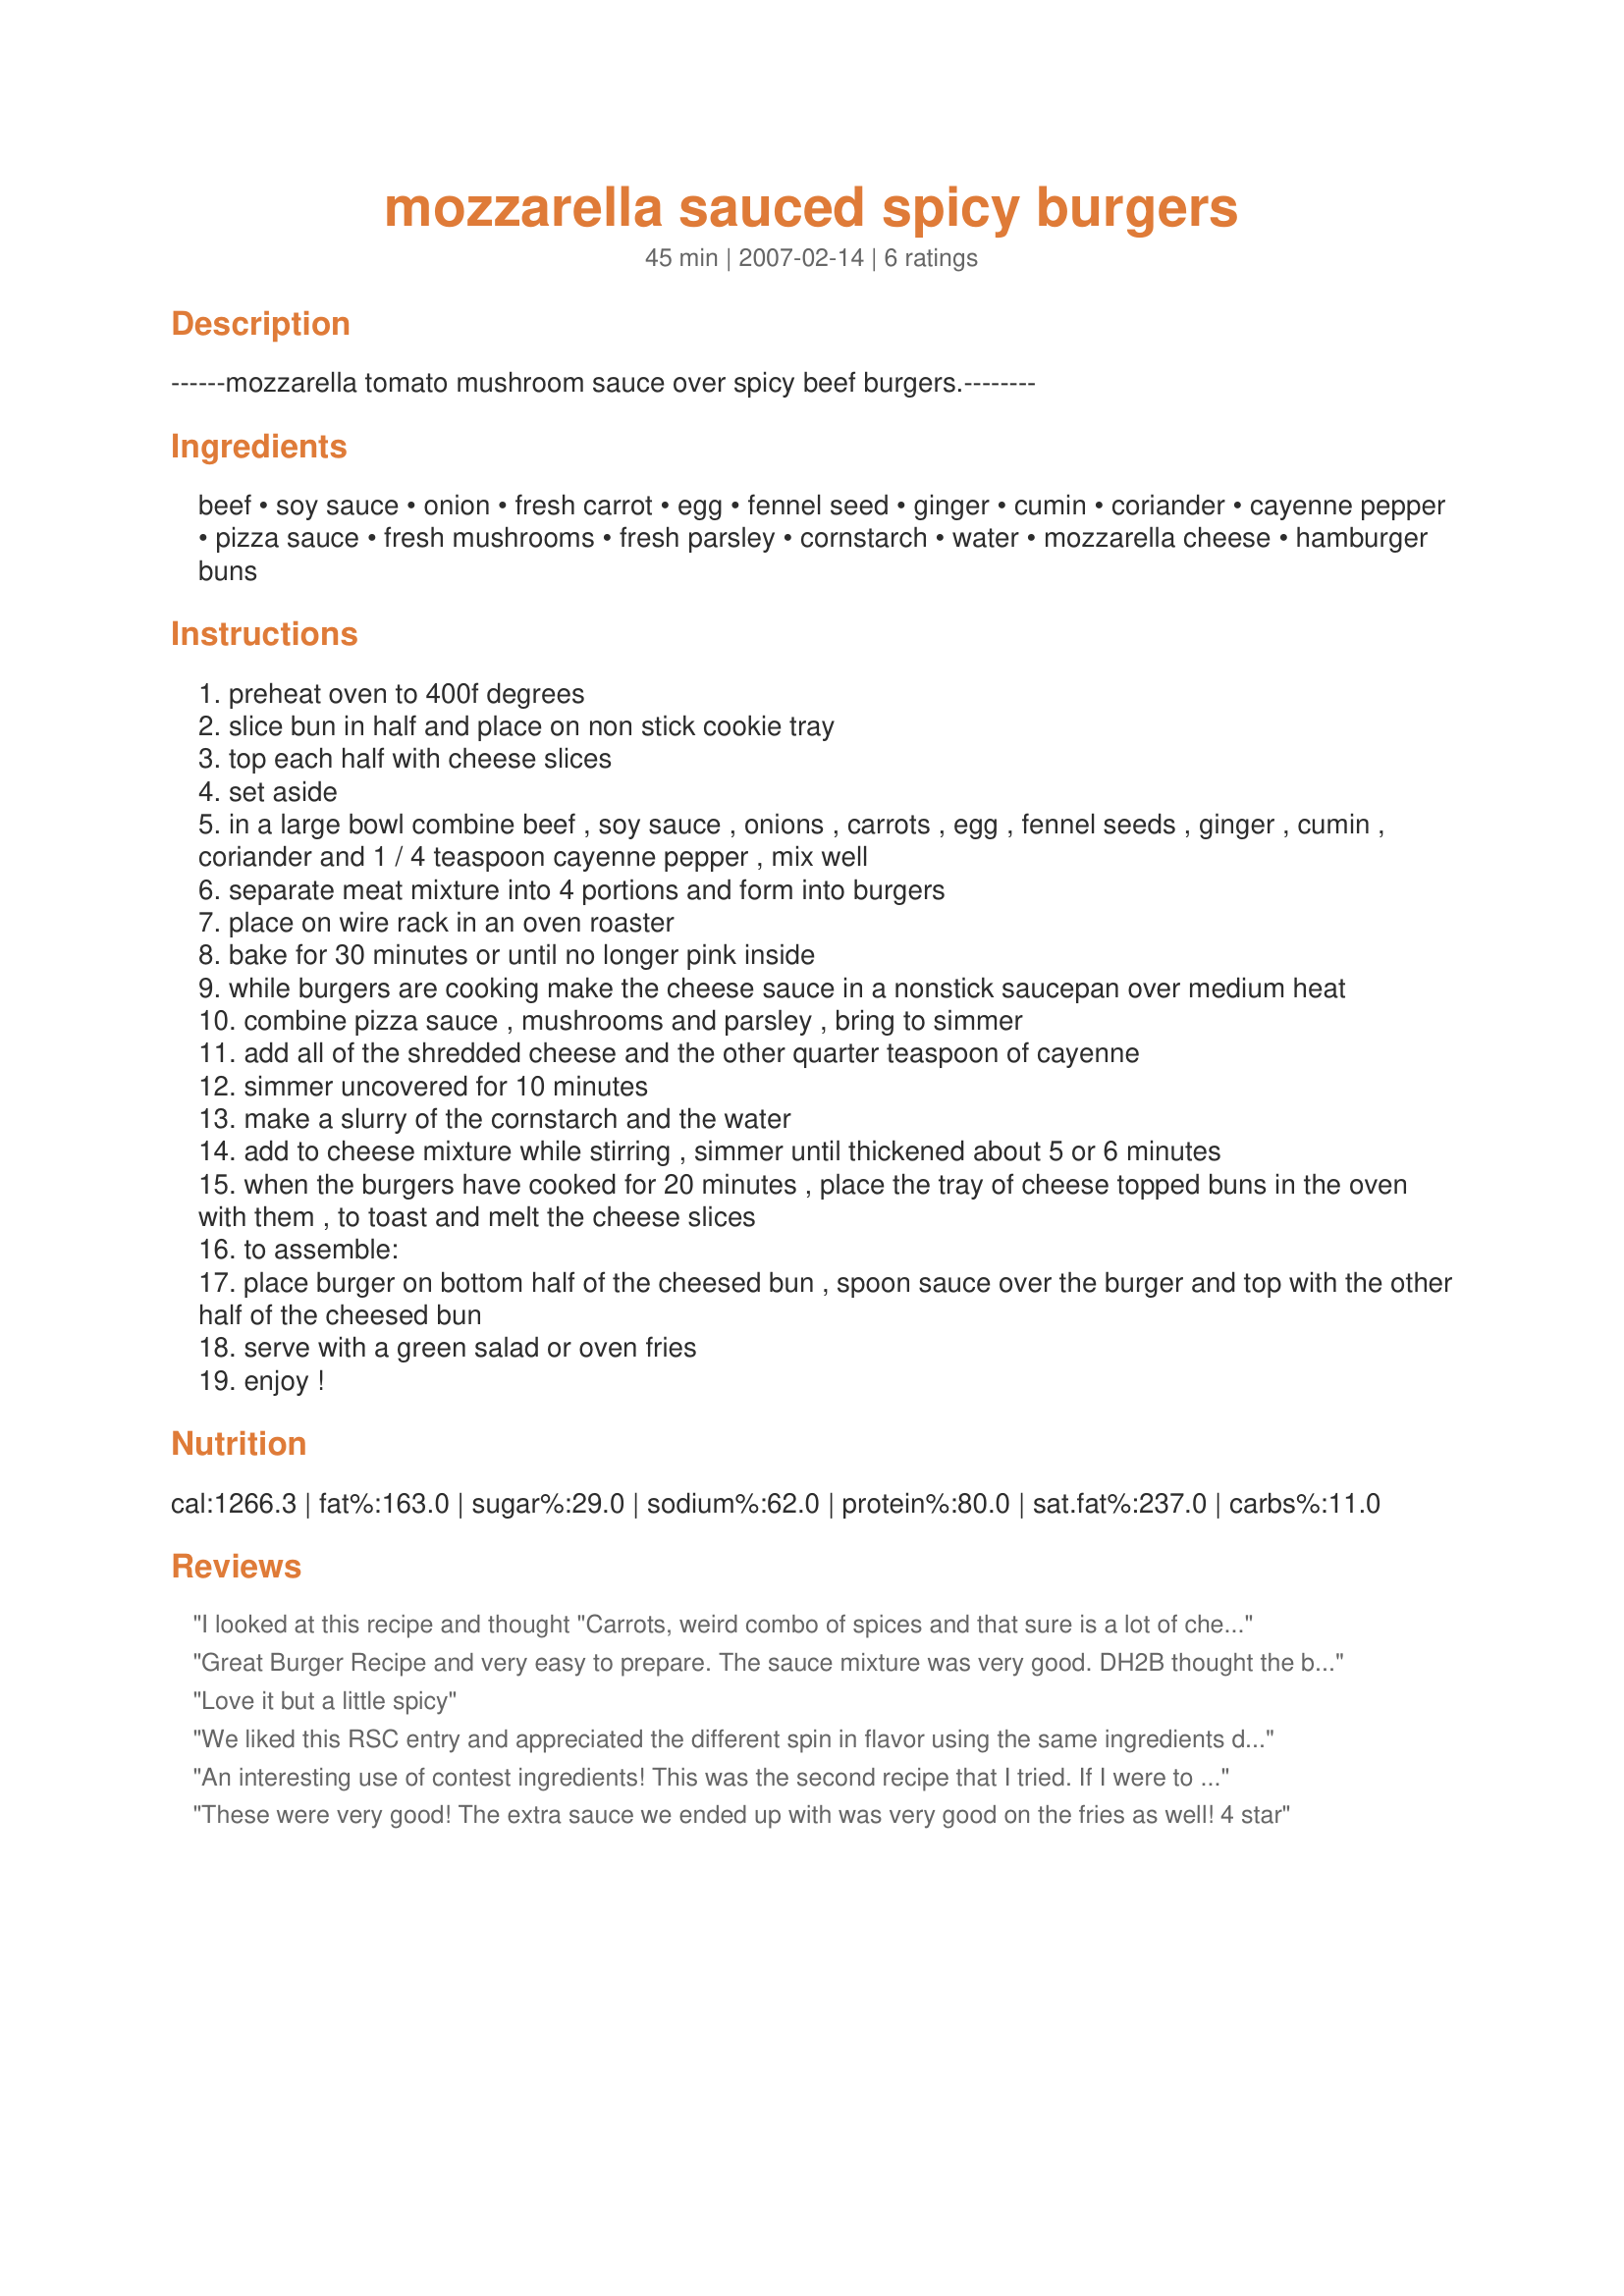
mozzarella sauced spicy burgers
Preparation time: 45 minutes

------mozzarella tomato mushroom sauce over spicy beef burgers.--------

Ingredients:
beef, soy sauce, onion, fresh carrot, egg, fennel seed, ginger, cumin, coriander, cayenne pepper, pizza sauce, fresh mushrooms, fresh parsley, cornstarch, water, mozzarella cheese, hamburger buns

Steps:
preheat oven to 400f degrees
slice bun in half and place on non stick cookie tray
top each half with cheese slices
set aside
in a large bowl combine beef , soy sauce , onions , carrots , egg , fennel seeds , ginger , cumin , coriander and 1 / 4 teaspoon cayenne pepper , mix well
separate meat mixture into 4 portions and form into burgers
place on wire rack in an oven roaster
bake for 30 minutes or until no longer pink inside
while burgers are cooking make the cheese sauce in a nonstick saucepan over medium heat
combine pizza sauce , mushrooms and parsley , bring to simmer
add all of the shredded cheese and the other quarter teaspoon of cayenne
simmer uncovered for 10 minutes
make a slurry of the cornstarch and the water
add to cheese mixture while stirring , simmer until thickened about 5 or 6 minutes
when the burgers have cooked for 20 minutes , place the tray of cheese topped buns in the oven with them , to toast and melt the cheese slices
to assemble:
place burger on bottom half of the cheesed bun , spoon sauce over the burger and top with the other half of the cheesed bun
serve with a green salad or oven fries
enjoy !

Reviews:
I looked at this recipe and thought "Carrots, weird combo of spices and that sure is a lot of cheese but heck let's try it" Well am I ever glad that I did. I love burgers and this one is worth every bit of the work up to make it. - It is top of the line as far as I am concerned. Fabulous flavor and I will make it again. The instructions are very
clear & I followed them. I cut the recipe back to half with no problems. However when I make this again I will pan fry the meat patties on medium heat cover them and when they are almost cooked I would add all the sauce ingredients to the fry pan with the burgers for about 6 minutes. Thanks chef - who ever you are this is a winner recipe
Great Burger Recipe and very easy to prepare. The sauce mixture was very good. DH2B thought the burger tasted more like meatloaf on a bun and missed the burger taste, but still liked the recipe. My sauce mixture was very thick from the onset so there was no need to mix cornstarch and water. Really loved the mushrooms in the recipe. Good Luck Chef!
Love it but a little spicy
We liked this RSC entry and appreciated the different spin in flavor using the same ingredients during the contest. The patties went together well and held together during cooking. Other than extra sauce I have no complaints. Good luck during the contest!
An interesting use of contest ingredients! This was the second recipe that I tried. If I were to make this again, I would leave out the soy sauce as I feel it did not complement the other flavours of the recipe and I would not use the corn starch to thicken it but rather a bit of tomato paste. I think this recipe would work well for OAMC by making the patties ahead of time and then the sauce right before serving. Good luck in the contest!
These were very good! The extra sauce we ended up with was very good on the fries as well!

4 star
